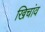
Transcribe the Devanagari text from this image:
खिचांव